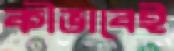
কীভাবেই